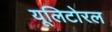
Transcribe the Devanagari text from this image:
यूलिटोरल